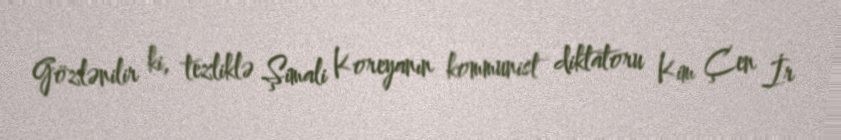
Gözlənilir ki, tezliklə Şimali Koreyanın kommunist diktatoru Kim Çen İr